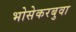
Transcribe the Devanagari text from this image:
भोसेकरबुवा